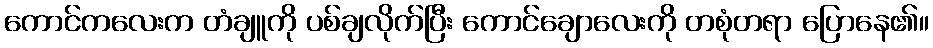
ကောင်ကလေးက တံချူကို ပစ်ချလိုက်ပြီး ကောင်ချောလေးကို တစုံတရာ ပြောနေ၏။